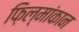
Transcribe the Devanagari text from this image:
फ़िल्मांकान